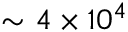
\sim 4 \times 1 0 ^ { 4 }